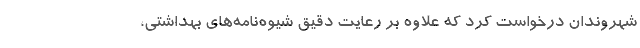
شهروندان درخواست کرد که علاوه بر رعایت دقیق شیوه‌نامه‌های بهداشتی،